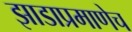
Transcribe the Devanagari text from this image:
झाडाप्रमाणेच